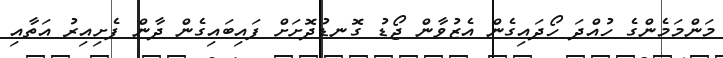
މަންމަމެންގެ ހުއްދަ ހޯދައިގެން އެޒުވާން ޖޯޑު ގޮނޑުދޮށަށް ފައިބައިގެން ދާން ފެށިއިރު އަތާއި